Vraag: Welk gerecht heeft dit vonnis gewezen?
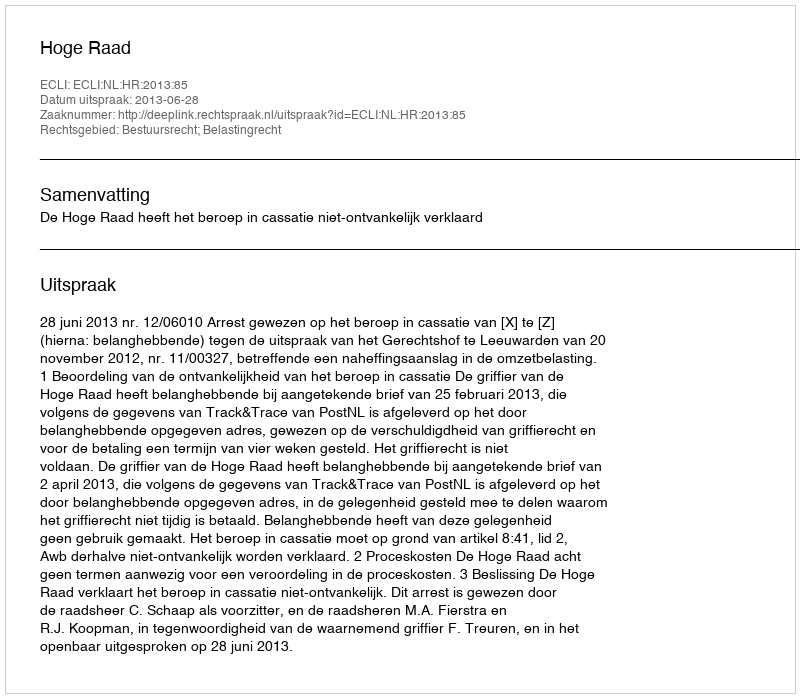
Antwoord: Hoge Raad